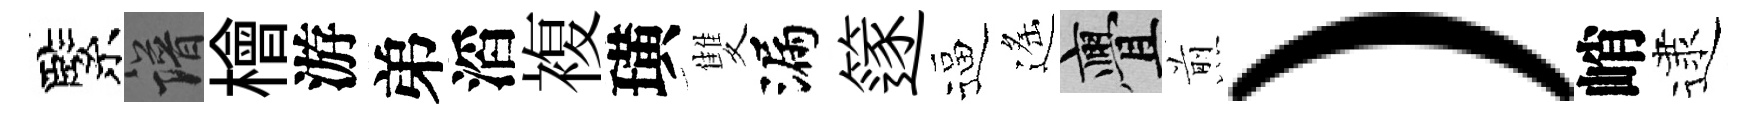
緊譜檜游弟滔複璜雙漏篴逼遙亹煎）峭逮